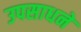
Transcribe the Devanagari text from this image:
उपसाधने